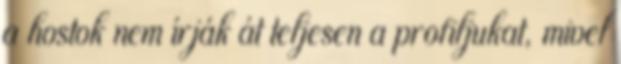
a hostok nem írják át teljesen a profiljukat, mivel